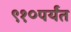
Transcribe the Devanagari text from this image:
९१०पर्यंत